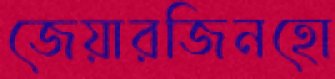
জেয়ারজিনহো